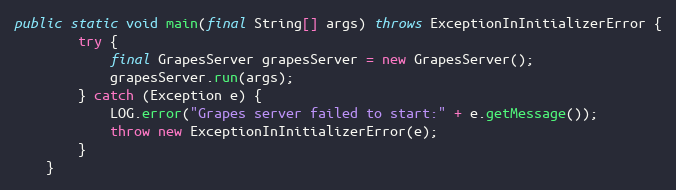
Language: Java
public static void main(final String[] args) throws ExceptionInInitializerError {
        try {
            final GrapesServer grapesServer = new GrapesServer();
            grapesServer.run(args);
		} catch (Exception e) {
			LOG.error("Grapes server failed to start:" + e.getMessage());
            throw new ExceptionInInitializerError(e);
		}
    }